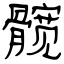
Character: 髋